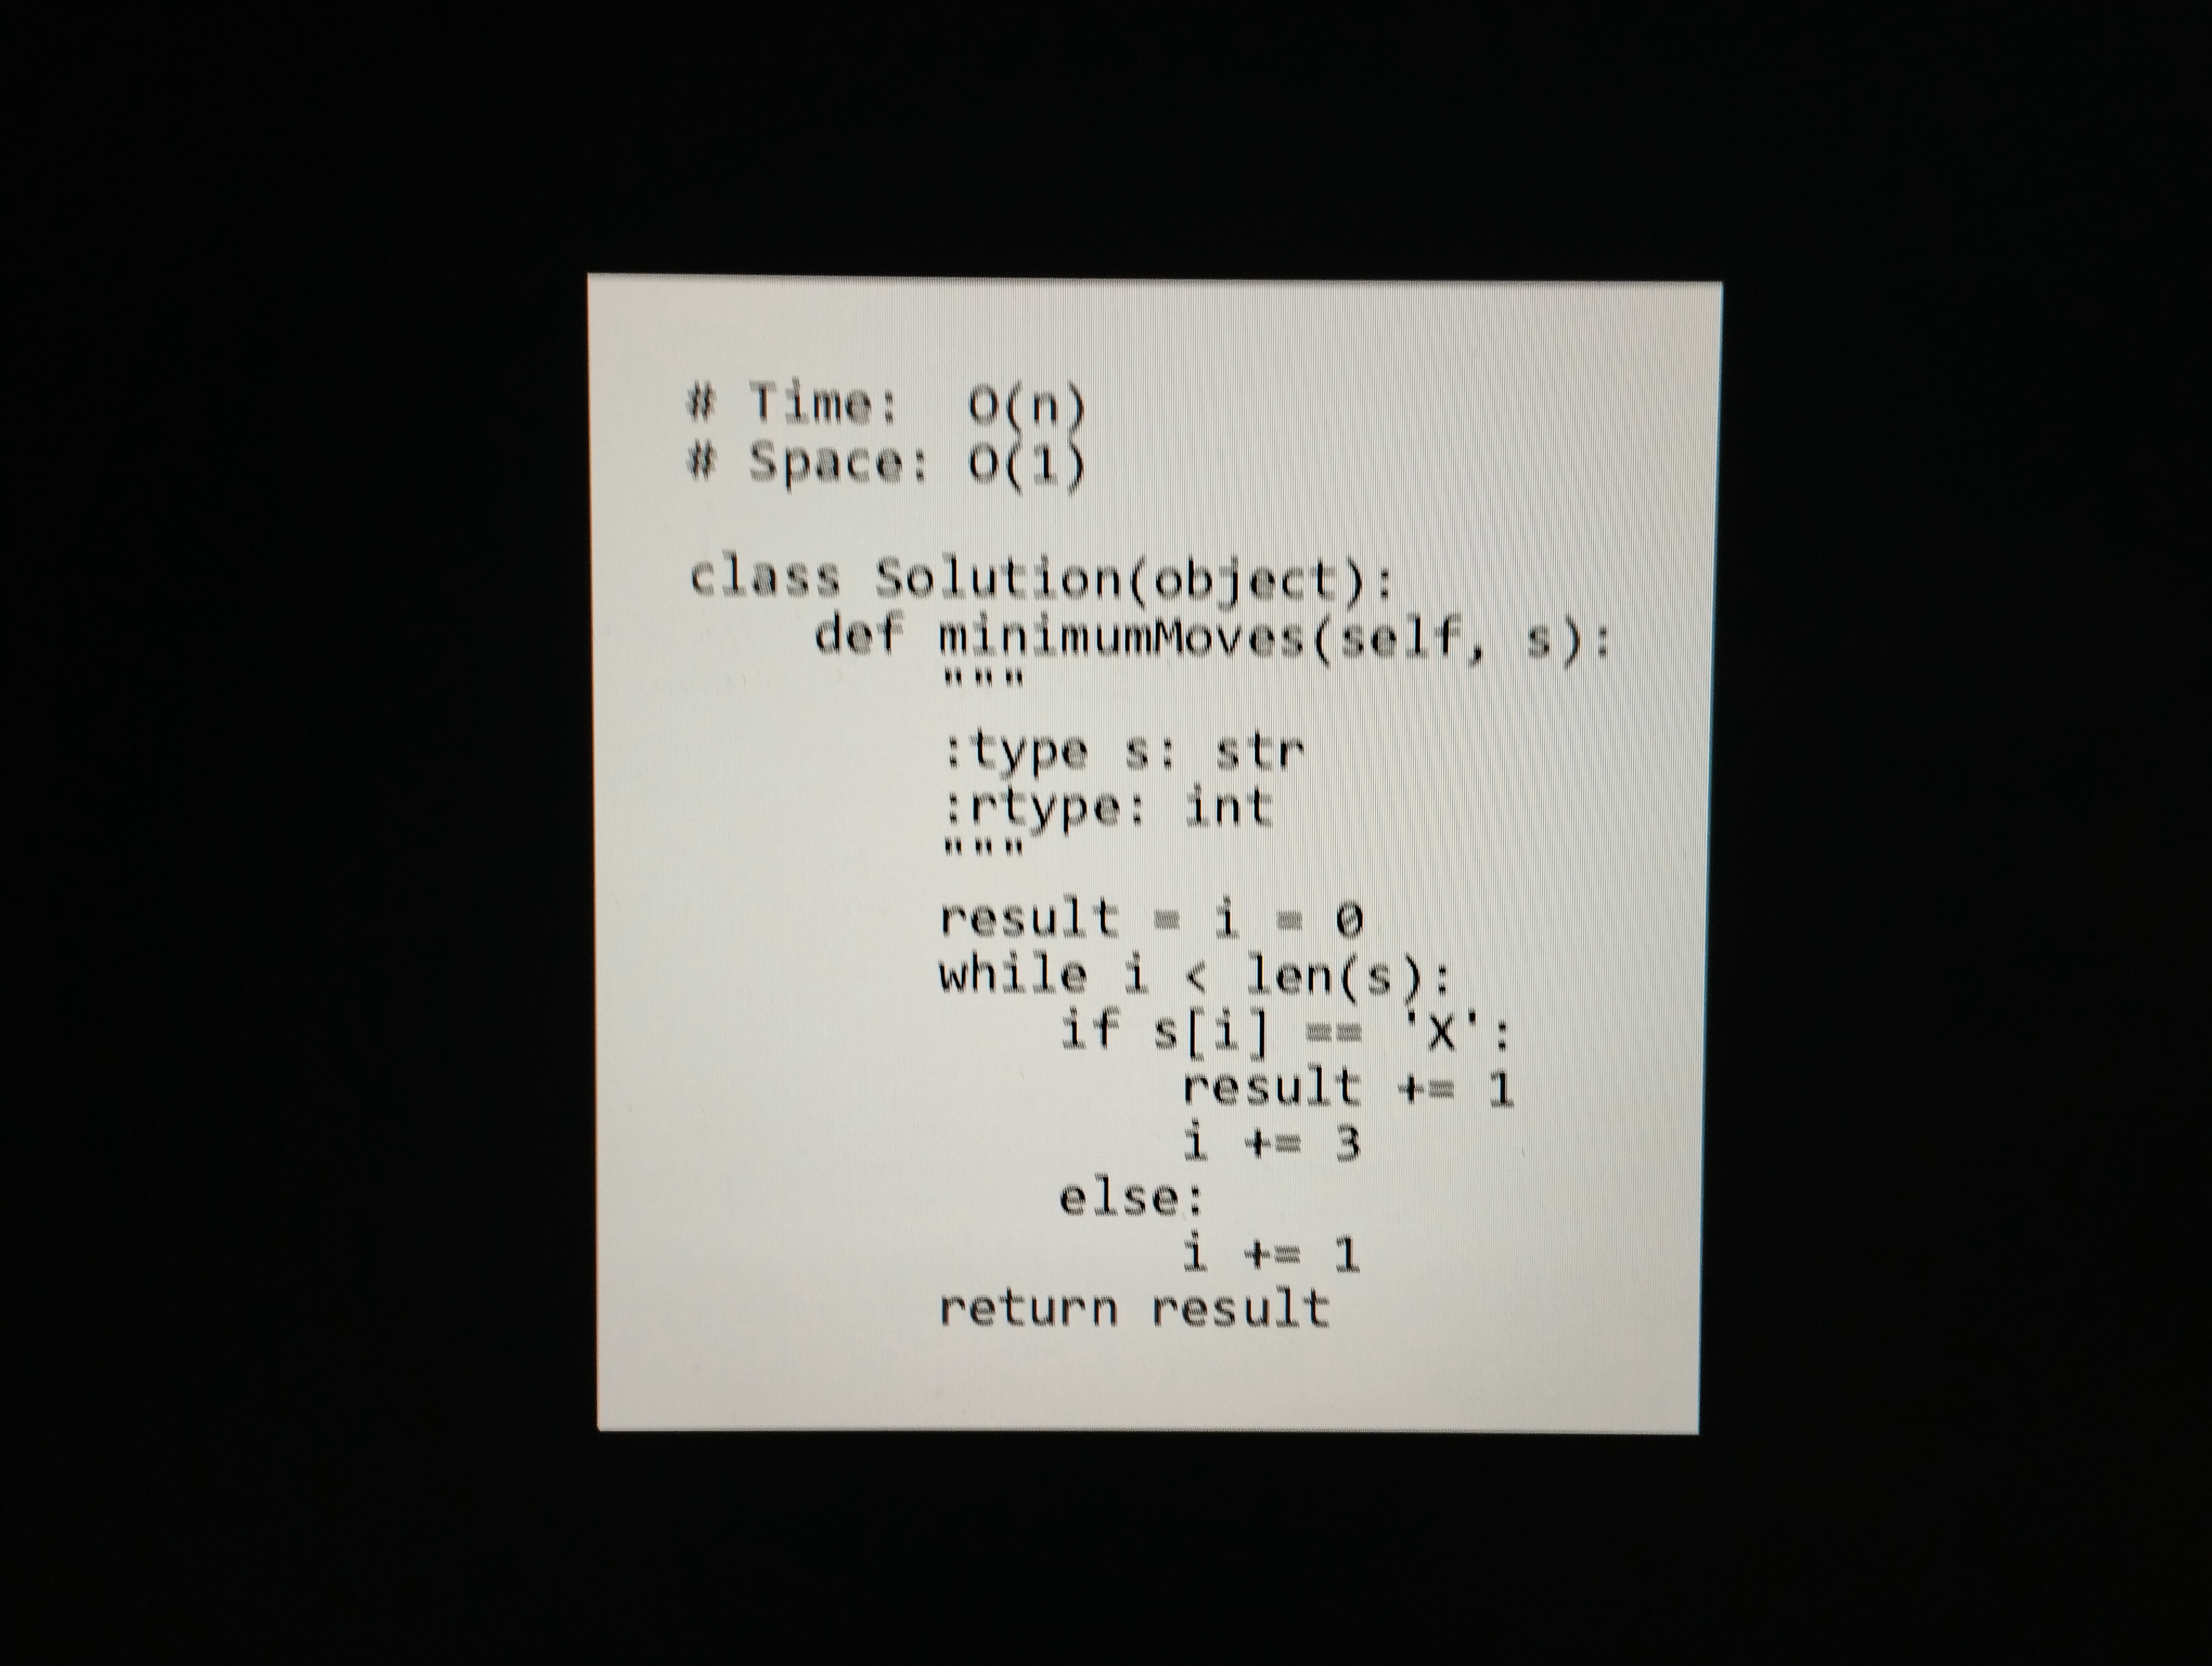
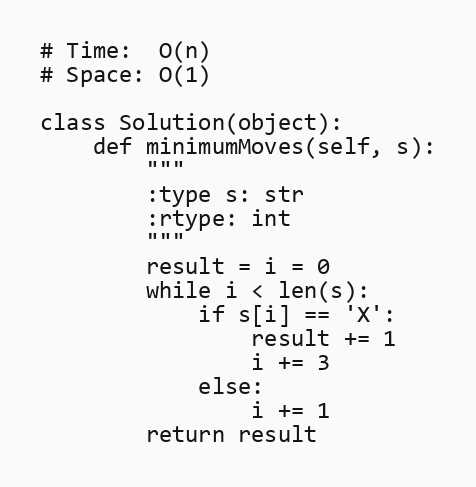
# Time:  O(n)
# Space: O(1)

class Solution(object):
    def minimumMoves(self, s):
        """
        :type s: str
        :rtype: int
        """
        result = i = 0
        while i < len(s):
            if s[i] == 'X':
                result += 1
                i += 3
            else:
                i += 1
        return result